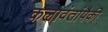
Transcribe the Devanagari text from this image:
कलावंतांपैकी